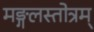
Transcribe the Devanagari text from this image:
मङ्गलस्तोत्रम्